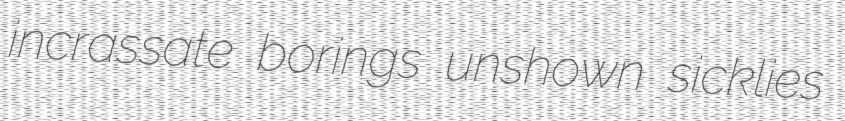
incrassate borings unshown sicklies